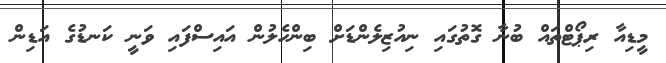
މީޑިއާ ރިޕޯޓްތައް ބުނާ ގޮތުގައި ނިއުޒިލެންޑަށް ބިންހެލުން އައިސްފައި ވަނީ ކަނޑުގެ އަޑިން